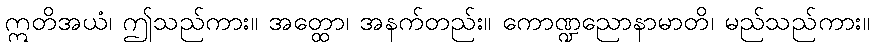
ဣတိအယံ၊ ဤသည်ကား။ အတ္ထော၊ အနက်တည်း။ ကောဏ္ဍညောနာမာတိ၊ မည်သည်ကား။